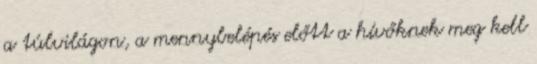
a túlvilágon, a mennybelépés előtt a hívőknek meg kell